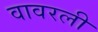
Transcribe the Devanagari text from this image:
वावरली